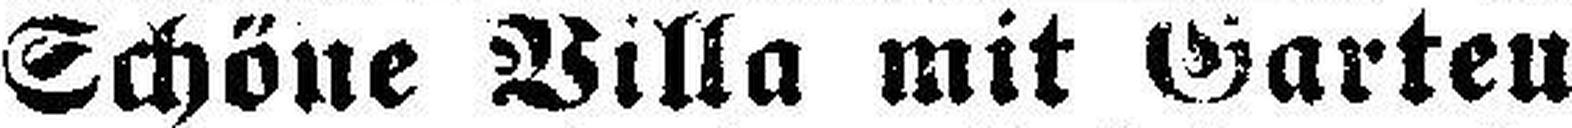
Schöne Villa mit Garten